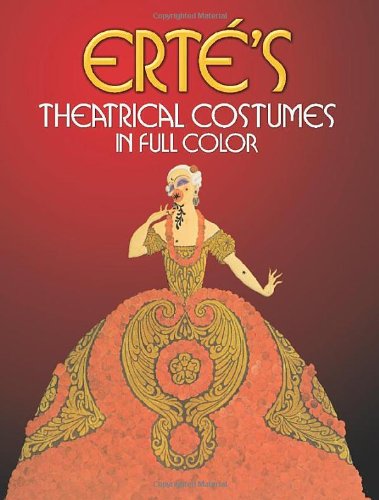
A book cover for ErtÃ©'s Theatrical Costumes in Full Color; Erte; Crafts, Hobbies & Home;